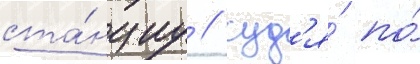
ста́нциу / суд'я́ по́